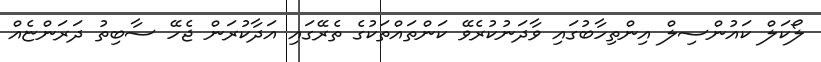
ލޯކަލް ކައުންސިލް އިންތިހާބުގައި ވާދަނުކުރެވޭ ކަންތައްތަކުގެ ތެރޭގައި އަދާކުރަން ޖެހޭ ސާބިތު ދަރަންޏެއް